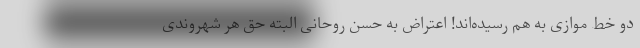
دو خط موازی به هم رسیده‌اند! اعتراض به حسن روحانی البته حق هر شهروندی